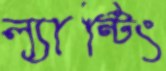
ল্যান্টিং